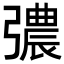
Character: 𢐪